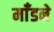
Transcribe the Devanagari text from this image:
माँडने